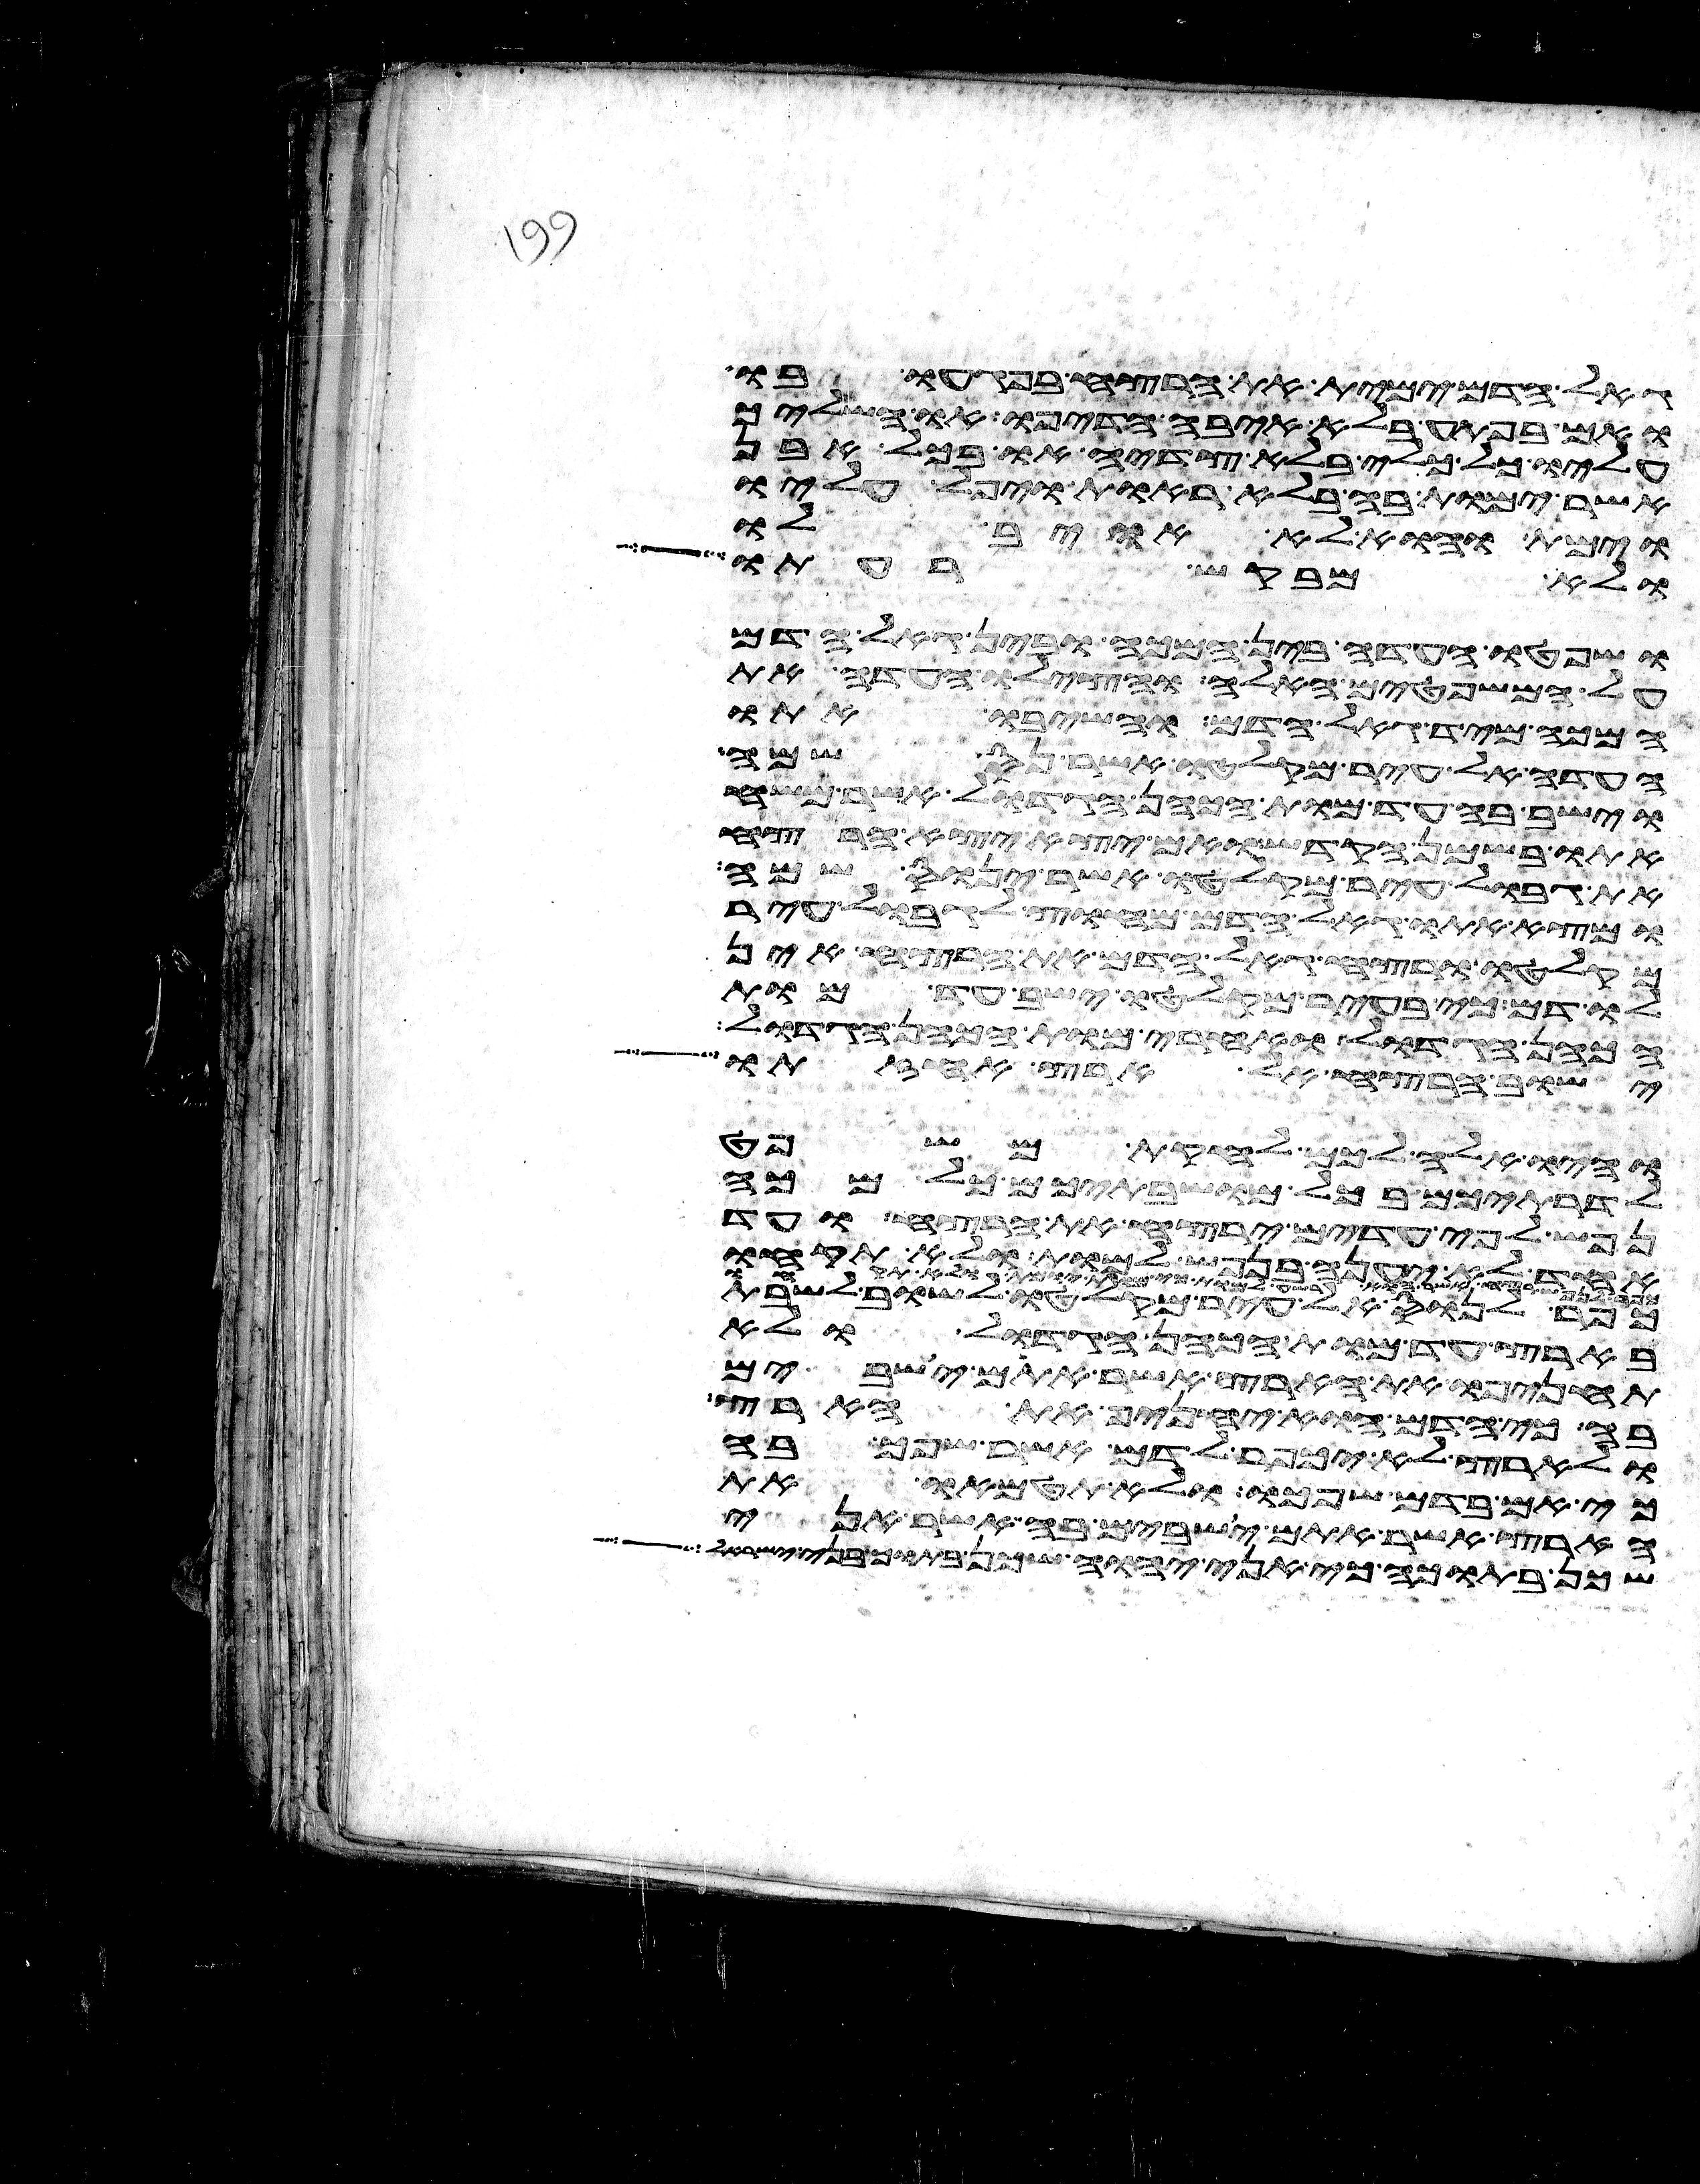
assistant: גאל הדם ימית את הרצח בפגעו בו
ואם בפתע בלא איבה הדיפו או השליך
עליו כל כלי בלא צדיה או בכל אבן
אשר ימות בה בלא ראות ויפל עליו
וימת והוא לא אויב לו
ולא מבקש רעתו
ושפטו העדה בין המכה ובין גאל הדם
על המשפטים האלה והצילו העדה את
המכה מיד גאל הדם והשיבו אתו
העדה אל עיר מקלטו אשר נס שמה
וישב בה עד מות הכהן הגדול אשר משח
אתו בשמן הקדש ואם יצא יצא הרצח
את גבול עיר מקלטו אשר ינוס שמה
ומצא אתו גאל הדם מחוץ לגבול עיר
מקלטו ורצח גאל הדם את הרצח אין
לו דם כי בעיר מקלטו ישב עד מות
הכהן הגדול ואחרי מות הכהן הגדול
ישוב הרצח אל ארץ אחזתו
והיו אלה לכם לחקת משפט
לדרתיכם בכל מושבתיכם כל מכה
נפש לפי עדים ירצח את הרצח ועד
אחד לא יענה בנפש למות ולא תקחו
כפר לנוס אל עיר מקלטו לשוב לשבת
בארץ עד מות הכהן הגדול ולא
תחניפו את הארץ אשר אתם ישבים
בה כי הדם הוא יחניף את הארץ
ולארץ לא יכפר לדם אשר שפך בה
כי אם בדם שפכו ולא תטמאו את
הארץ אשר אתם ישבים בה אשר אני
שכן בתוכה כי אני יהוה שכן בתוך בני ישראל